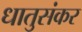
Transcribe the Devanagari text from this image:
धातुसंकर